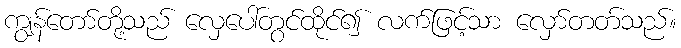
ကျွန်တော်တို့သည် လှေပေါ်တွင်ထိုင်၍ လက်ဖြင့်သာ လှော်တတ်သည်။